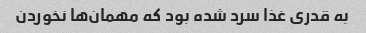
به قدری غذا سرد شده بود که مهمان‌ها نخوردن